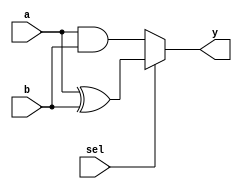
// 2023.4.12
//

`timescale 1ns/10ps
module fn_sw (
        a,
        b,
        sel,
        y
);
input   a;
input   b;
input   sel;
output  y;
// assign y=sel?(a^b):(a&b);  //sel1sel0 
//alwaysalways
reg     y;          //always reg
always @(a or b or sel) //a b sel latch
begin
    if (sel==1) begin
        y<=a^b;
    end
    else begin
        y<=a&b;
end 
end
endmodule


//----testbench of fn_sw----
module fn_sw_tb;
//tbregwire
reg      a,b,sel;
wire     y;
fn_sw fn_sw (
        .a(a),
        .b(b),
        .sel(sel),
        .y(y)
);

initial begin
            a<=0;b<=0;sel<=0;
    #10     a<=0;b<=0;sel<=1;
    #10     a<=0;b<=1;sel<=0;
    #10     a<=0;b<=1;sel<=1;
    #10     a<=1;b<=0;sel<=0;
    #10     a<=1;b<=0;sel<=1;
    #10     a<=1;b<=1;sel<=0;
    #10     a<=1;b<=1;sel<=1;
    #10     $stop;
end
    
endmodule